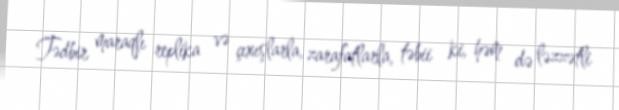
Tədbir maraqlı replika və çıxışlarla, zarafatlarla, təbii ki, həm də ləzzətli